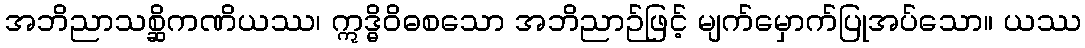
အဘိညာသစ္ဆိကဏိယဿ၊ ဣဒ္ဓိဝိဓစသော အဘိညာဉ်ဖြင့် မျက်မှောက်ပြုအပ်သော။ ယဿ